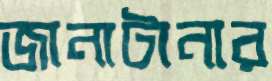
জানাটানার